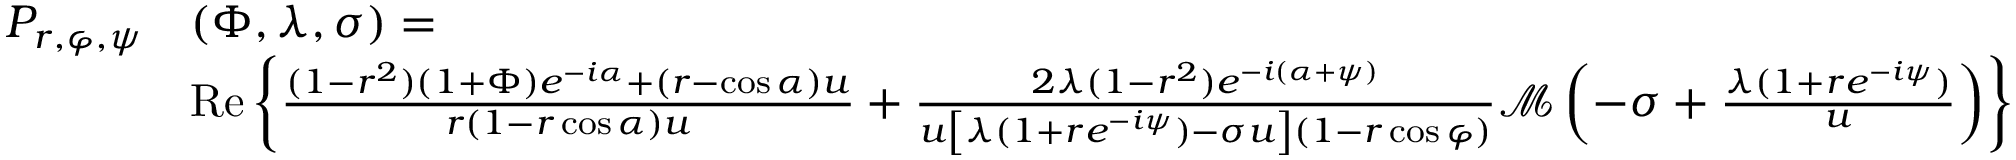
\begin{array} { r l } { P _ { r , \varphi , \psi } } & { ( \Phi , \lambda , \sigma ) = } \\ & { \mathrm { R e } \left\{ \frac { ( 1 - r ^ { 2 } ) ( 1 + \Phi ) e ^ { - i \alpha } + ( r - \cos \alpha ) u } { r ( 1 - r \cos \alpha ) u } + \frac { 2 \lambda ( 1 - r ^ { 2 } ) e ^ { - i ( \alpha + \psi ) } } { u \left[ \lambda ( 1 + r e ^ { - i \psi } ) - \sigma u \right] ( 1 - r \cos \varphi ) } \mathcal M \left( - \sigma + \frac { \lambda ( 1 + r e ^ { - i \psi } ) } { u } \right) \right\} } \end{array}